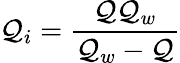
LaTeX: \mathcal{Q}_{i}=\frac{{\mathcal{Q}\mathcal{Q}_{w}}}{{\mathcal{Q}_{w}-\mathcal{Q}}}